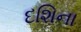
દશિના